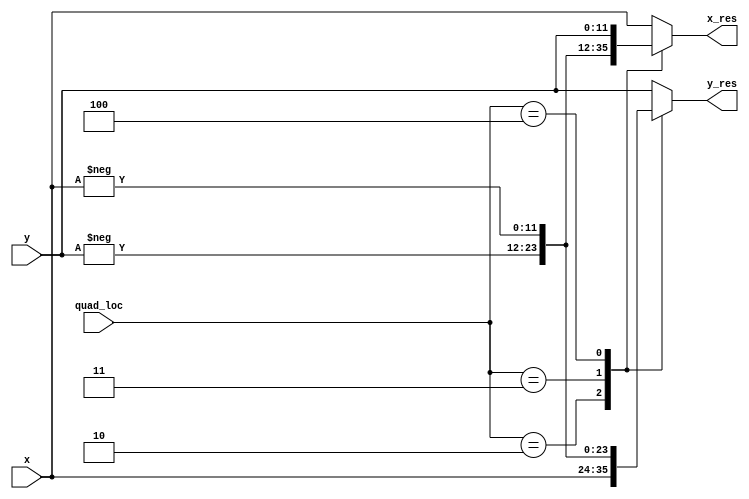
`timescale 1ns / 1ps
//////////////////////////////////////////////////////////////////////////////////
// Company: 
// Engineer: 
// 
// Design Name: 
// Module Name: cordic_sin_cos_dac
// Project Name: 
// Target Devices: 
// Tool Versions: 
// Description: 
// 
// Dependencies: 
// 
// Revision:
// Revision 0.01 - File Created
// Additional Comments:
// 
//////////////////////////////////////////////////////////////////////////////////
module get_conv_output(quad_loc, x,y,x_res,y_res);
   input [2:0] quad_loc;
   input signed [11:0] x,y;
   output reg signed [11:0] x_res,y_res;
   
   // Get the appropraite x result (cos z)
   always@(*)
     begin
        case(quad_loc)
             1: x_res = x;
             2: x_res = -y;
             3: x_res = -x;
             4: x_res = y;
       default: x_res = x; // To avoid inferred latch condition
       endcase
     end
     
   // Get the appropriate y result (sin z)
   always@(*)
     begin
        case(quad_loc)
             1: y_res = y;
             2: y_res = x;
             3: y_res = -y;
             4: y_res = -x;
       default: y_res = y;  // To avoid inferring latches
       endcase
     end
endmodule

module get_conv_angle(z_seq,z_conv,quad_loc);
  input signed [12:0] z_seq;        
  output reg   [12:0] z_conv;  
  output reg   [2:0] quad_loc; // quadrant location must not be signed
  
  // Combinational always block to find out the quadrant in which the target angle is present
  always@(*)
    begin
      if(z_seq >= 0 && z_seq<=1024)          quad_loc = 1;   // Target Angle in First  Quadrant
      else if(z_seq > 1024 && z_seq <= 2048) quad_loc = 2;   // Target Angle in Second Quadrant
      else if(z_seq > 2048 && z_seq <= 3072) quad_loc = 3;   // Target Angle in Third  Quadrant
      else                                   quad_loc = 4;   // Target Angle in Fourth Quadrant
    end
 
 // Combinational always block to compute the converted target angle 
  always@(*)
    begin
      if      (z_seq >= 0   && z_seq <= 1024) z_conv = z_seq;
      else if (z_seq > 1024 && z_seq <= 2048) z_conv = z_seq - 1024;
      else if (z_seq > 2048 && z_seq <= 3072) z_conv = z_seq - 2048;
      else                                    z_conv = z_seq - 3072;
    end
endmodule

module cordic_sin_cos_dac(slide_switch,clk,rst,x_res_seq,y_res_seq);
  input clk, rst;
  input signed [12:0] slide_switch; // MSB switch must always be held low. 
  
  output reg [11:0] x_res_seq; // signed register to hold cosz
  output reg [11:0] y_res_seq; // signed register to hold sinz
  
  wire signed [11:0] x_res_wire; // 
  wire signed [11:0] y_res_wire; // signed register to hold sinz
  
  reg clk2;
  reg [9:0] clk2_count_comb; // 10 bit register that will be updated in combinational always block
//  reg [9:0] sclk_count_comb ; // 10 bit register that wil be  updated in combinational always block
//  reg [9:0] sync_count_comb;
  
  
  reg [9:0] clk2_count_seq;  // 10 bit register that will be updated in sequential (clocked) always block 
//  reg [9:0] sclk_count_seq;  // 10 bit register that will be udpated in sequential (clocked) always block
//  reg [9:0] sync_count_seq;  // 10 bit register that will be udpated in sequential (clocked) always block
  

  
  wire signed [12:0] look_up [8:0]; // 9 arrays, each of 12 bits width to store look up angle
  reg  signed [12:0] z_comb, z_seq; 
  wire[2:0]  quad_loc;   // 3 bit wire to denote the quadrant location (quadrant location must NOT be signed)
  
  reg signed [11:0] x [9:1];  // to store the x-coordinates of each step (3 bits for the integer part including MSB and 9 bits for the fractional part)
  reg signed [11:0] y [9:1];  // to store the y-coordinates of each step (3 bits for the integer part including MSB and 9 bits for the fractional part)
  reg signed [12:0] z [8:1];         // Array of 12 bit registers to store the rotated angle (angle MUST NOT be signed)
  
  (* keep="soft" *) reg signed [12:0] z9 ; // Inform the synthesis tool that z9 is not critical for the design
  reg  d[8:1]; // Array of 1 bit registers to denote the direction of rotation. 1/0 => Anticlockwise / Clockwise rotation 
  
  // The following vector of wires will be driven with the initial values that are required to compute cosz and sinz
  wire signed [11:0] x0; 
  wire signed [11:0] y0;
  wire signed [12:0] z0;
//  wire  d0;          
   
//// Clocked always block to update sclk signal
//always@(posedge clk, negedge rst)
//   begin
//     if(rst == 0) sclk_count_seq <= 1'b0;  // Reset the sclk count 
//     else 
//        begin
//          sclk_count_seq <= sclk_count_comb;
//          if(sclk_count_comb == 1) sclk <= 1'b1;  // sclk signal is active
//          else                     sclk <= 1'b0;  // sclk signal is deactivated
//        end
//   end

// Clocked always block to update clk2
 always@(posedge clk , negedge rst)  // Asclkhronous reset
    begin
      if(rst == 0) clk2_count_seq  <= 10'b0;              // Reset the count value for clk2     
    else 
       begin
           clk2_count_seq <= clk2_count_comb;  // Update the count value for clk2                    
           if(clk2_count_comb == 1) clk2 <= 1'b1;
           else                     clk2 <= 1'b0;
         end
    end


// Sequential always block to update the angle value at 1.25MHz
always@(posedge clk2 , negedge rst)  // Asclkhronous reset
  begin
    if(rst == 1'b0)
       begin
          z_seq <= 13'b0;
          x_res_seq <= 12'b0;
          x_res_seq <= 12'b0;
//          dummy     <= 13'b0;
       end
    else 
       begin
       // The updated angle (z_seq)  and the results are computed at the falling edge of clk2 signal whose frequency is 20MHz
          if(z_comb < 0) z_seq <= 13'b0;
          else           z_seq <= z_comb;
          x_res_seq <= $unsigned(x_res_wire + 12'h800);
          y_res_seq <= $unsigned(y_res_wire + 12'h800);         
       end
  end


//always@(posedge sclk, negedge rst)
//  begin
//     if(rst == 1'b0) 
//       begin
//          sync <= 1'b1;
//          sync_count_seq <= 1'b0;
//       end
       
//     else 
//       begin
//          if(clk2 == 1'b1)          sync <= 0;
//          else 
//            begin
//              if(sync_count_seq == 17) sync<= 1;
//              if(sync == 0)  sync_count_seq <= sync_count_comb;
//              else           sync_count_seq <= 0;
//            end
//       end
//  end

   
//always@(*)
//  begin
//     if(sync_count_seq == 17) sync_count_comb = 0;
//     else                     sync_count_comb = sync_count_seq + 1;
//  end
  
  
// 3 clock pulses to generate a clock signal of period 30ns (frequency of 33.33 MHz)
// This clock (clk2) will be used to compute cosz and sinz value in 10 iterations
//always@(*)
//  begin
//    if(clk1_count_seq == 2)      clk1_count_comb = 0;
//    else                         clk1_count_comb = clk1_count_seq + 1;    
//  end

// 30 clock pulses to generate a clock signal of period 50ns (frequency of 20MHz)   
always@(*)
  begin
    if(clk2_count_seq == 29)     clk2_count_comb = 0;
    else                         clk2_count_comb = clk2_count_seq + 1;  
  end

// 4 clock pulses of 10ns clock will contribute to 1 clock pulse of sclk (clock signal for the DAC)
//always@(*)
//   begin
//    if(sclk_count_seq == 3)      sclk_count_comb = 0;
//    else                         sclk_count_comb = sclk_count_seq + 1;
//   end

// Combinational always block to update the angle
always@(*) z_comb = z_seq + 1 + slide_switch;  
 

  
 // filling up the look up table with tan inverse values
 assign look_up[0] = 512;  // corresponds to 45         degrees
 assign look_up[1] = 302;  // corresponds to 26.565     degrees
 assign look_up[2] = 160;  // corresponds to 14.3055    degrees
 assign look_up[3] = 81;   // corresponds to 7.125      degrees
 assign look_up[4] = 41;   // corresponds to 3.57633    degrees
 assign look_up[5] = 20;   // corresponds to 1.7899     degrees
 assign look_up[6] = 10;   // corresponds to 0.89517    degrees
 assign look_up[7] = 5;    // corresponds to 0.447614   degrees
 assign look_up[8] = 3;    // corresponds to 0.2238105  degrees
 
get_conv_angle  guhan(.z_seq(z_seq), .z_conv(z0),.quad_loc(quad_loc));
get_conv_output hari (.quad_loc(quad_loc), .x(x[9]), .y(y[9]), .x_res(x_res_wire), .y_res(y_res_wire));
 
 // Initial values that are required for CORDIC (initialized using Data Flow Style of Modelling)
 assign x0 = 12'b010011011011 ; // x0 = 0.6073 (1 bits for the integer part and 11 bits for the fractional part)
 assign y0 = 12'b000000000000 ; // y0 = 0 (1 bits for the integer part and 11 bits for the fractional part)
// assign d0 = 1'b1;  

// Combinational always block to compute cosz and sinz in 10 iterations
always@(*)
   begin
//step 1
     x[1] = (x0 - y0);
     y[1] = (y0 + x0);
     z[1] = (z0 - look_up[0]);
     d[1] = (z[1][11] == 0) ? 1 : 0;
      
//step 2
     x[2] = (d[1] == 1) ? (x[1] - (y[1]>>>1)) : (x[1]+(y[1]>>>1));
     y[2] = (d[1] == 1) ? (y[1] + (x[1]>>>1)) : (y[1]-(x[1]>>>1));
     z[2] = (d[1] == 1) ? (z[1] - look_up[1]) : (z[1]+look_up[1]);
     d[2] = (z[2][11] == 0) ? 1 : 0;   
     
//step 3
     x[3] = (d[2] == 1) ? (x[2] - (y[2]>>>2)) : (x[2]+(y[2]>>>2));
     y[3] = (d[2] == 1) ? (y[2] + (x[2]>>>2)) : (y[2]-(x[2]>>>2));
     z[3] = (d[2] == 1) ? (z[2] - look_up[2]) : (z[2]+look_up[2]);
     d[3] = (z[3][11] == 0) ? 1 : 0; 
     
//step 4
     x[4] = (d[3] == 1) ? (x[3] - (y[3]>>>3)) : (x[3]+(y[3]>>>3));
     y[4] = (d[3] == 1) ? (y[3] + (x[3]>>>3)) : (y[3]-(x[3]>>>3));
     z[4] = (d[3] == 1) ? (z[3] - look_up[3]) : (z[3]+look_up[3]);
     d[4] = (z[4][11] == 0) ? 1 : 0; 
     
//step 5
     x[5] = (d[4] == 1) ? (x[4] - (y[4]>>>4)) : (x[4]+(y[4]>>>4));
     y[5] = (d[4] == 1) ? (y[4] + (x[4]>>>4)) : (y[4]-(x[4]>>>4));
     z[5] = (d[4] == 1) ? (z[4] - look_up[4]) : (z[4]+look_up[4]);
     d[5] = (z[5][11] == 0) ? 1 : 0; 
     
//step 6
     x[6] = (d[5] == 1) ? (x[5] - (y[5]>>>5)) : (x[5]+(y[5]>>>5));
     y[6] = (d[5] == 1) ? (y[5] + (x[5]>>>5)) : (y[5]-(x[5]>>>5));
     z[6] = (d[5] == 1) ? (z[5] - look_up[5]) : (z[5]+look_up[5]);
     d[6] = (z[6][11] == 0) ? 1 : 0; 
     
//step 7
     x[7] = (d[6] == 1) ? (x[6] - (y[6]>>>6)) : (x[6]+(y[6]>>>6));
     y[7] = (d[6] == 1) ? (y[6] + (x[6]>>>6)) : (y[6]-(x[6]>>>6));
     z[7] = (d[6] == 1) ? (z[6] - look_up[6]) : (z[6]+look_up[6]);
     d[7] = (z[7][11] == 0) ? 1 : 0; 
     
//step 8
     x[8] = (d[7] == 1) ? (x[7] - (y[7]>>>7)) : (x[7]+(y[7]>>>7));
     y[8] = (d[7] == 1) ? (y[7] + (x[7]>>>7)) : (y[7]-(x[7]>>>7));
     z[8] = (d[7] == 1) ? (z[7] - look_up[7]) : (z[7]+look_up[7]);
     d[8] = (z[8][11] == 0) ? 1 : 0; 
     
//step 9
     x[9] = (d[8] == 1) ? (x[8] - (y[8]>>>8)) : (x[8]+(y[8]>>>8));
     y[9] = (d[8] == 1) ? (y[8] + (x[8]>>>8)) : (y[8]-(x[8]>>>8));
     z9 = (d[8] == 1) ? (z[8] - look_up[8]) : (z[8]+look_up[8]);
//     d[9] = (z[9][11] == 0) ? 1 : 0; 
   end

endmodule